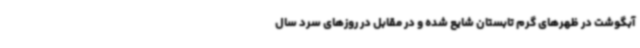
آبگوشت در ظهرهای گرم تابستان شایع شده و در مقابل در روزهای سرد سال